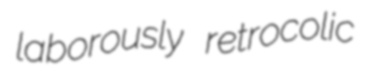
laborously retrocolic